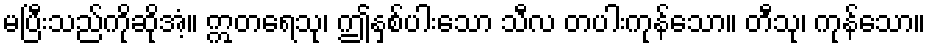
မပြီးသည်ကိုဆိုအံ့။ ဣတရေသု၊ ဤနှစ်ပါးသော သီလ တပါးကုန်သော။ တီသု၊ ကုန်သော။